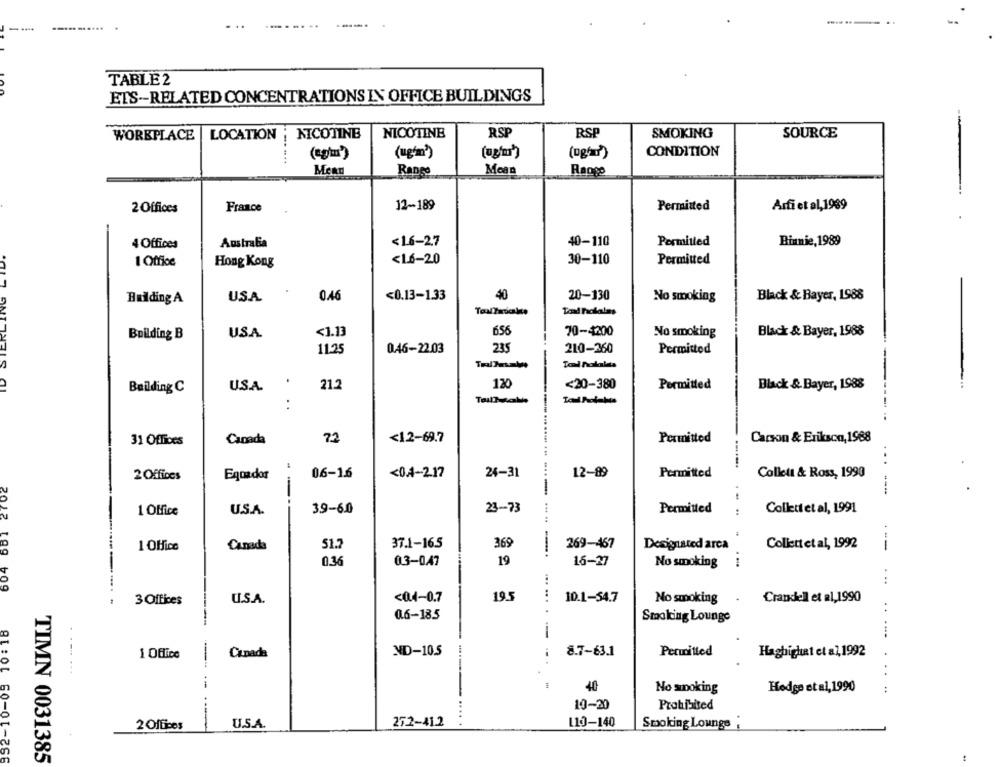
...
TABLE 2
ETS-RELATED CONCENTRATIONS IN OFFICE BUILDINGS
WORKPLACE | LOCATION ; NICOTINE
NICOTINE
RSP
RSP
SMOKING
SOURCE
(eplus')
(ug'm')
CONDITION
Menu
Rango
Mean
Rango
12-189
Permitted
Arfi et al, 1989
2 Offices
France
4 Offices
Australia
<16-27
40-110
Permitted
Binnie, 1989
<1.6-20
30-110
Permitted
1 Office
Hong Kong
ID STERLING
Building A
US.A.
0.46
<0.13-1.33
40
20-130
No smoking
Black & Bayer, 1988
Toad notalas
656
Building B
US.A.
<1.13
70-4200
No smoking
Black & Bayer, 1988
11.25
0.46-22.03
235
210-260
Permitted
.
120
<20-380
Building C
U.S.A.
21.2
Permitted
Black & Bayer, 1988
<1.2-69.7
31 Offices
Canada
72
Permitted
Carson & Erikson, 1968
.......
2 Offices
Equador
06-16
<0.4-2.17
24-31
12-89
Permitted
Collett & Ross, 1990
2702
--
1 Office
U.S.A.
39-6.0
23-73
Permitted
Collettet al, 1991
604 681
37.1-16.5
369
269-467
Coliett et al, 1992
1 Office
Canada
51.
Designated arca
--
0.36
19
16-27
03-0.47
No smoking
U.S.A.
<04-0.7
19.5
10.1-54.7
Crandell et al,1990
3 Offices
No smoking
0.6-18.5
Smoking Lounge
392-10-05 10:18
ND-10.5
8.7-63.1
Permitted
Hagbighat et al, 1992
1 Office
Canada
------ --...-...
No smoking
Hodge et al, 1990
19-20
Prohibited
.... .....
2 Offices
U.S.A
272-41.2
L10-140
Smoking Lounge
TIMN 0031385